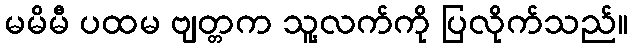
မမိမီ ပထမ ဗျတ္တက သူ့လက်ကို ပြလိုက်သည်။